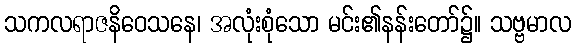
သကလရာဇနိဝေသနေ၊ အလုံးစုံသော မင်း၏နန်းတော်၌။ သဗ္ဗမာလ